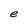
Character: e